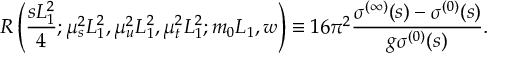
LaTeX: R \left( \frac { s L _ { 1 } ^ { 2 } } { 4 } ; \mu _ { s } ^ { 2 } L _ { 1 } ^ { 2 } , \mu _ { u } ^ { 2 } L _ { 1 } ^ { 2 } , \mu _ { t } ^ { 2 } L _ { 1 } ^ { 2 } ; m _ { 0 } L _ { 1 } , w \right) \equiv 1 6 \pi ^ { 2 } \frac { \sigma ^ { ( \infty ) } ( s ) - \sigma ^ { ( 0 ) } ( s ) } { g \sigma ^ { ( 0 ) } ( s ) } .